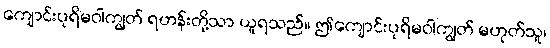
ကျောင်းပုရိမဝါကျွတ် ရဟန်းတို့သာ ယူရသည်။ ဤကျောင်းပုရိမဝါကျွတ် မဟုတ်သူ၊